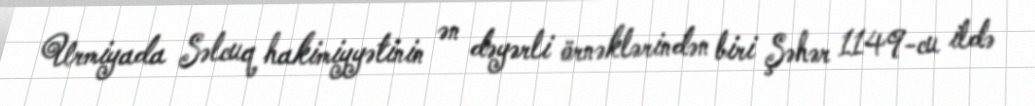
Urmiyada Səlcuq hakimiyyətinin ən dəyərli örnəklərindən biri Şəhər 1149-cu ildə